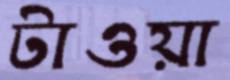
টাওয়া